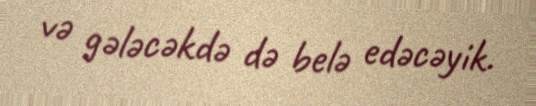
və gələcəkdə də belə edəcəyik.